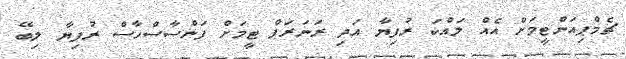
ޗެމްޕިއަންޓީމަށް އެއް ލައްކަ ރުފިޔާ އަދި ރަނަރަޕް ޓީމަށް ފަންސާސްހާސް ރުފިޔާ ލިބޭ